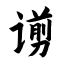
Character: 谫